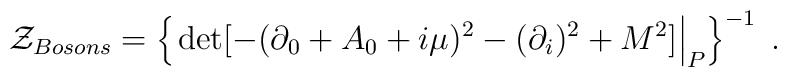
{\cal Z}_{Bosons}=\left\{\left.\det[-(\partial_0 + A_0 + i\mu)^2-(\partial_i)^2 + M^2]\right|_{P}\right\}^{-1}\;.